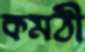
কমঠী